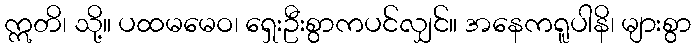
ဣတိ၊ သို့။ ပထမမေဝ၊ ရှေးဦးစွာကပင်လျှင်။ အနေကရူပါနိ၊ များစွာ